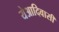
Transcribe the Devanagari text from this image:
येआदिवासी